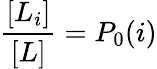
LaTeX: \frac{[L_{i}]}{[L]}=P_{0}(i)